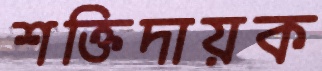
শক্তিদায়ক